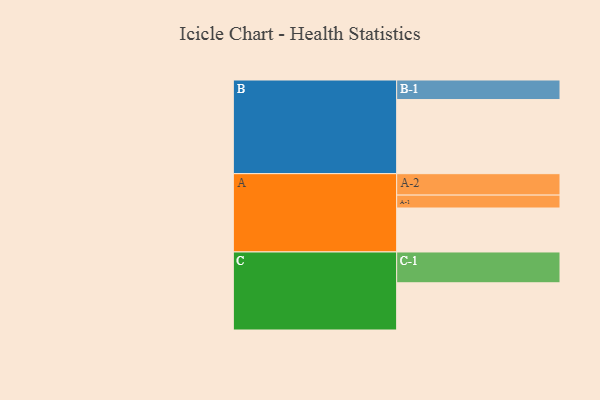
{"axis": {"x": "Segment", "y": "Value"}, "legend": ["", "A", "B", "C"], "data": [{"x": "A", "y": 351, "type": ""}, {"x": "B", "y": 592, "type": ""}, {"x": "C", "y": 377, "type": ""}, {"x": "A-1", "y": 103, "type": "A"}, {"x": "A-2", "y": 171, "type": "A"}, {"x": "B-1", "y": 156, "type": "B"}, {"x": "C-1", "y": 246, "type": "C"}]}